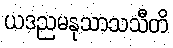
ယဒညမနုသာသသီတိ